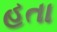
હતા